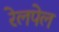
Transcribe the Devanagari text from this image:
रेलपेल